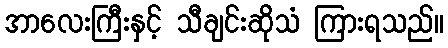
အာလေးကြီးနှင့် သီချင်းဆိုသံ ကြားရသည်။